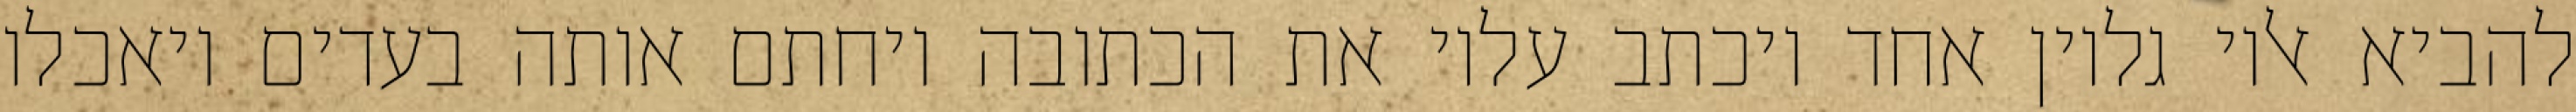
להביא אליו גליון אחד ויכתב עליו את הכתובה ויחתם אותה בעדים ויאכלו